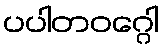
ပပါတဝဂ္ဂေါ